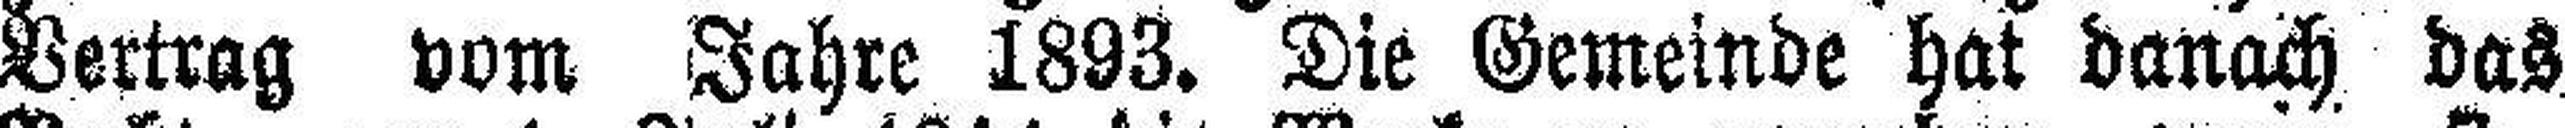
Vertrag vom Jahre 1893. Die Gemeinde hat danach das